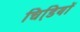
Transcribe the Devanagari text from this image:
चिडि़यों